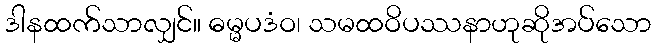
ဒါနထက်သာလျှင်။ ဓမ္မပဒံဝ၊ သမထဝိပဿနာဟုဆိုအပ်သော